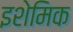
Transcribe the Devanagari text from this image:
इशेमिक